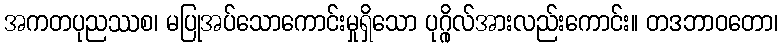
အကတပုညဿစ၊ မပြုအပ်သောကောင်းမှုရှိသော ပုဂ္ဂိုလ်အားလည်းကောင်း။ တဒဘာဝတော၊